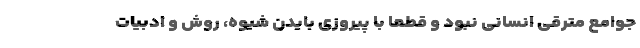
جوامع مترقی انسانی نبود و قطعا با پیروزی بایدن شیوه، روش و ادبیات